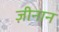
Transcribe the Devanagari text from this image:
ज़ीनान